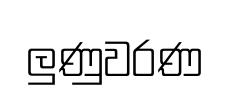
ලුණුවරණ